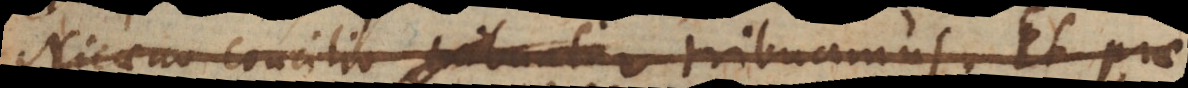
Nicaeno concilio tribuatur tribuamus. Et prae